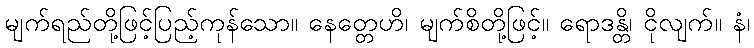
မျက်ရည်တို့ဖြင့်ပြည့်ကုန်သော။ နေတ္တေဟိ၊ မျက်စိတို့ဖြင့်။ ရောဒန္တိ၊ ငိုလျက်။ နံ၊